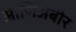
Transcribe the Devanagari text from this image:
आणिअबीर